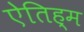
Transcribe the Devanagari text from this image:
ऐतिह्म